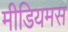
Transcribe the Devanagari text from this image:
मीडियमस